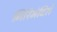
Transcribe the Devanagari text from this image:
गिरिमंदिरों